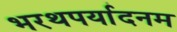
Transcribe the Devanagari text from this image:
भरथपर्यादनम